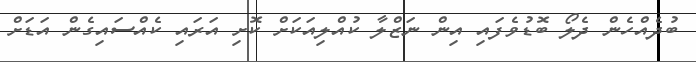
ބުދެއްހެން ދެލޯ ބޮޑުވެފައި އިން ނަޒްލާ ކުއްލިއަކަށް ކޮށި އަރައި ކެއްސައިގެން އަޑަށް